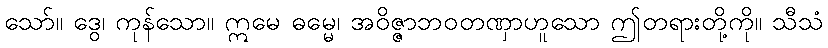
သော်။ ဒွေ၊ ကုန်သော။ ဣမေ ဓမ္မေ၊ အဝိဇ္ဇာဘဝတဏှာဟူသော ဤတရားတို့ကို။ သီသံ